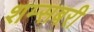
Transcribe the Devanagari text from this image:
शम्सबरी